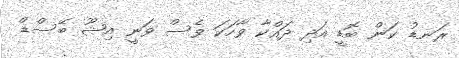
ރަނޑު ކަން ބޮޑީ އަދި ދައްކާ ވާހަކަ ވެސް ވަނީ އިޝޫ ބޭސްޑް